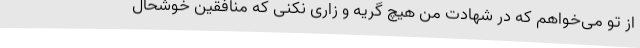
از تو می‌خواهم که در شهادت من هیچ گریه و زاری نکنی که منافقین خوشحال